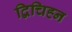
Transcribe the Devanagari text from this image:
द्विचिह्न